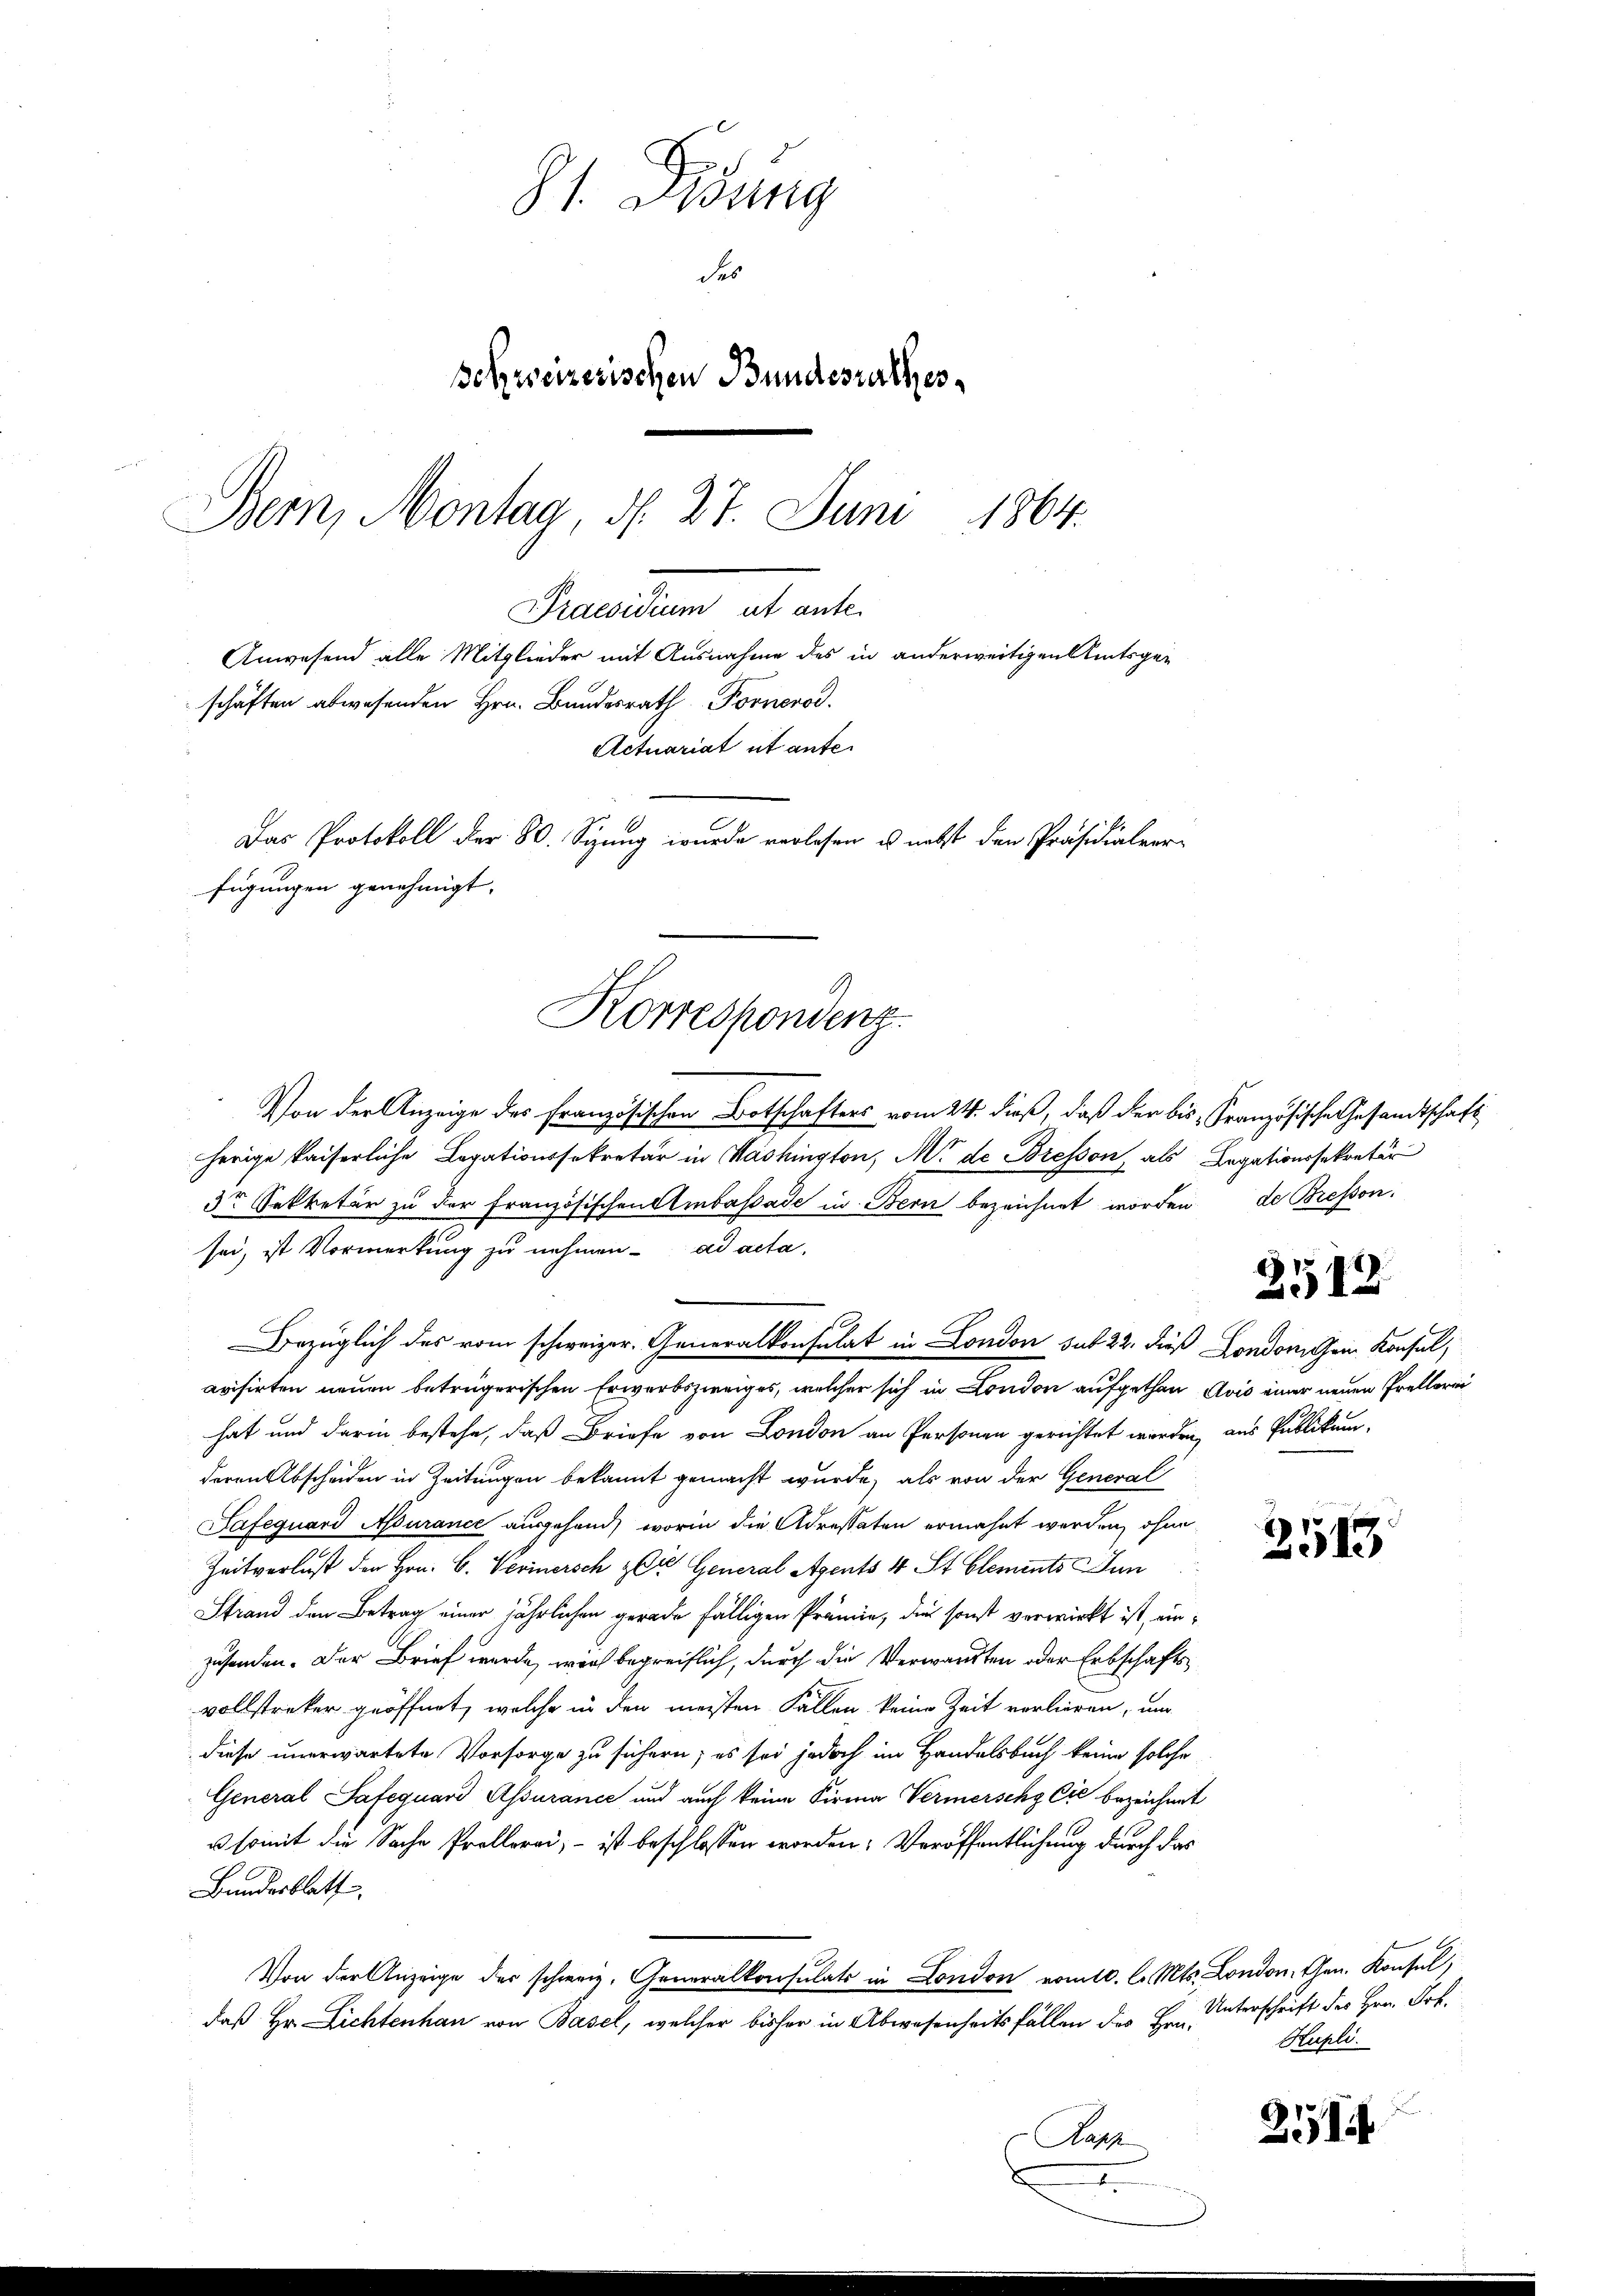
schäften abwesenden Hrn. Bundesrath Fornerod.
Das Protokoll der 80. Sizung wurde verlesen u. nicht den Präsidialverfügungen genehmigt.
Korrespondenz

81. Didung
des
Schweizerischen Bundesrathes
Bern, Montag, d. 27. Juni 1864.

Percenten alt anle
Anwesend alle Mitglieder mit Ausnahme des in anderweitigen Amtsge-
Actuariat et ante¬

Von der Anzeige des Französischen Botschafters vom 24. dieß, daß der bis Französische Gesandtschaft
herige kaiserliche Legationssekretär in Washington, M. de Bresson, als Legationssekretär
3te Sekretär zu der französischen Ambassade in Bern bezeichnet worden
sei, ist Vormerkung zu nehmen. ad acta,
Bezüglich des vom schweizer. Generalkonsulat in London sub 22. dieß Londoni ein Konsul,
evisirten neuen betrügerischen Erwerbszweiges, welcher sich in London aufgethan Avis einer neuen Prellerei
hat und darin bestehe, daß Briefe von London an Personen gerichtet werden, aus Publikum,
deren Abscheiden in Zeitungen bekannt gemacht wurde, als von der General
Safequard Assurance ausgehand, worin die Adressaten erwähnt werden, ohne
Zeitverlust den Hrn. C. Verinersch & Cie. General Agents 4 St. Clements Jun
Strand den Betrag einer jährlichen gerade fälligen Prämie, die sonst verwirkt ist, einzusenden. Der Brief wurde, wie begreiflich, durch die Verwandten oder Erbschaftsvollstrecker geöffnet, welche in den meisten Fallen keine Zeit verlieren, um
diese unerwartete Vorsorge zu sichern; es sei jedoch im Handelsbuch keine solche
General Safeguard Assurance und auch keine Firma Vermerschg Cić bezeichnet
u somit die Sache Prollerei, - ist beschlossen worden: Veröffentlichung durch das
Bundesblatt
Von der Anzeige der schweiz. Generalkonsulats in London vom 10. l. Mts. London, Gen. Konsul
daß Hr. Lichtenhau von Basel, welcher bisher in Abwesenheitsfällen des Hrn. Unterschrift des Hrn. Frk.
Aas
.

de Bresson.

2512

2513

Kupli.

2114